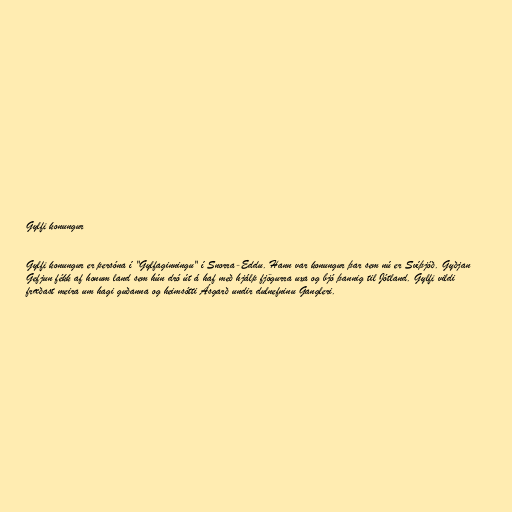
Gylfi konungur

Gylfi konungur er persóna í "Gylfaginningu" í Snorra-Eddu. Hann var konungur þar sem nú er Svíþjóð. Gyðjan
Gefjun fékk af honum land sem hún dró út á haf með hjálp fjögurra uxa og bjó þannig til Jótland. Gylfi vildi
fræðast meira um hagi guðanna og heimsótti Ásgarð undir dulnefninu Gangleri.